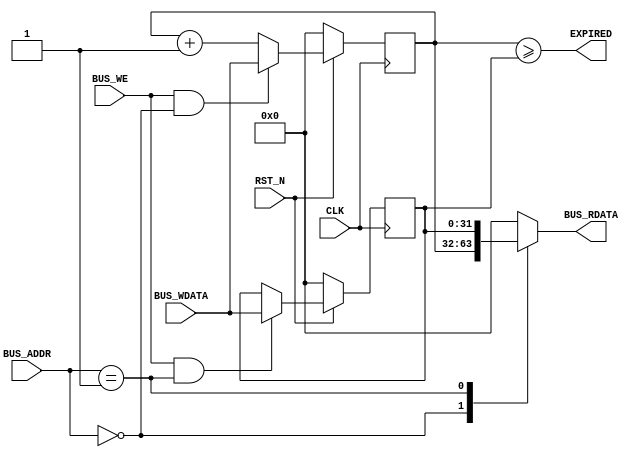
module fmrv32im_timer
  (
   input             RST_N,
   input             CLK,

   input             BUS_WE,
   input [3:0]       BUS_ADDR,
   input [31:0]      BUS_WDATA,
   output reg [31:0] BUS_RDATA,

   output wire       EXPIRED
   );

   // Interrupt Mask
   reg [31:0]         counter, mask;
   always @(posedge CLK) begin
      if(!RST_N) begin
         counter <= 0;
         mask    <= 0;
      end else begin
         if(BUS_WE & (BUS_ADDR == 4'h0)) begin
            counter <= BUS_WDATA;
         end else begin
            counter <= counter + 32'd1;
         end
         if(BUS_WE & (BUS_ADDR == 4'h1)) begin
            mask <= BUS_WDATA;
         end
      end
   end // always @ (posedge CLK)
   assign EXPIRED = (counter >= mask);


   always @(*) begin
      case(BUS_ADDR)
        4'h0:
          begin
             BUS_RDATA <= counter;
          end
        4'h1:
          begin
             BUS_RDATA <= mask;
          end
        default:
          begin
             BUS_RDATA <= 32'd0;
          end
      endcase
   end

endmodule